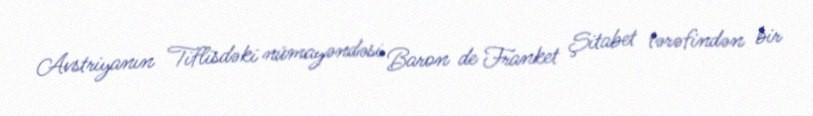
Avstriyanın Tiflisdəki nümayəndəsi Baron de Franket Şitabet tərəfindən bir